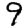
Digit: 9